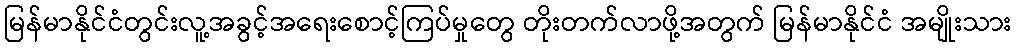
မြန်မာနိုင်ငံတွင်းလူ့အခွင့်အရေးစောင့်ကြပ်မှုတွေ တိုးတက်လာဖို့အတွက် မြန်မာနိုင်ငံ အမျိုးသား